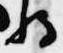
将